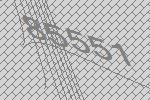
85551